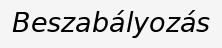
Beszabályozás